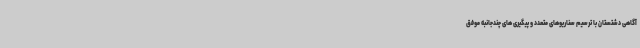
آگاهی دشتستان با ترسیم سناریوهای متعدد و پیگیری های چندجانبه موفق